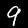
Digit: 9